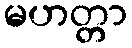
မဟတ္တာ